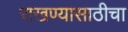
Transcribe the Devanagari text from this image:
राखण्यासाठीचा